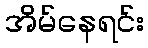
အိမ်နေရင်း